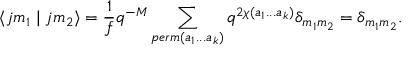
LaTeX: \langle j m _ { 1 } \mid j m _ { 2 } \rangle = \frac { 1 } { f } q ^ { - M } \sum _ { p e r m ( a _ { 1 } . . . a _ { k } ) } q ^ { 2 \chi ( a _ { 1 } . . . a _ { k } ) } \delta _ { m _ { 1 } m _ { 2 } } = \delta _ { m _ { 1 } m _ { 2 } } .